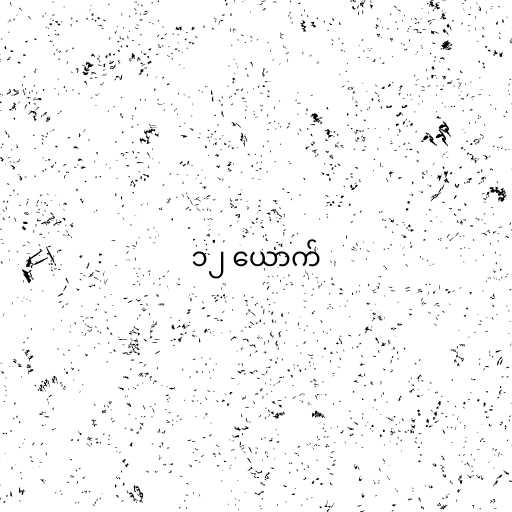
၁၂ ယောက်